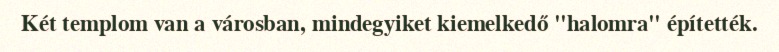
Két templom van a városban, mindegyiket kiemelkedő "halomra" építették.